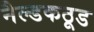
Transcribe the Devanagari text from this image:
नैल्डकठूड